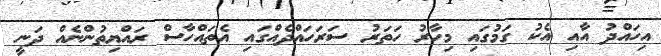
އިހައްދު އާއި އެކު ގަމުގައި މިހާރު ހަތަރު ސަރަހައްދެއްގައި އެތައްހާސް ރައްޔިތުންނެއް ދަނީ